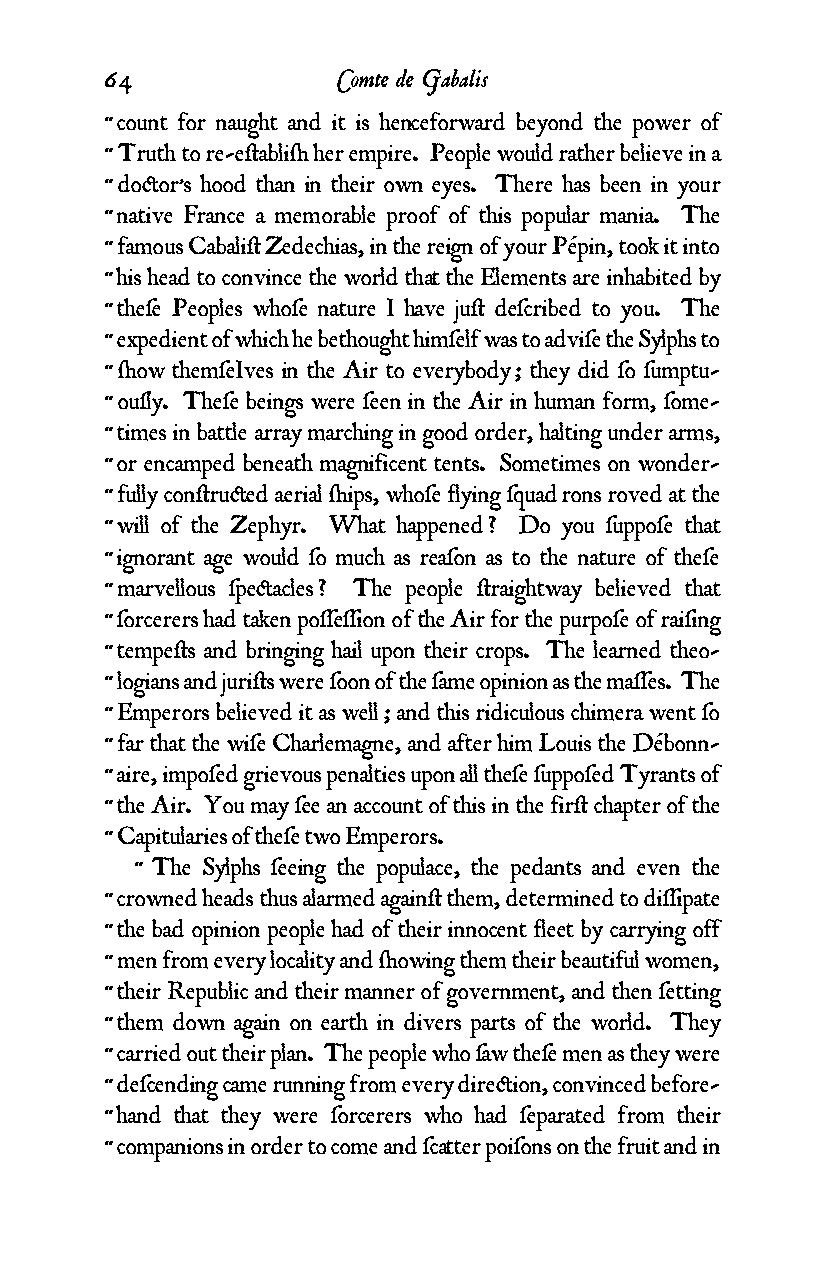
64             Comte de Gabalis
 “ count for naught and it is henceforward beyond the power of
 “ Truth to re-e¥abli¬ her empire. People would rather believe in a
 “ do¢or’s hood than in their own eyes. There has been in your
 “ native France a memorable proof of this popular mania. The
 “ famous Cabali¥ Zedechias, in the reign of your Pépin, took it into
 “ his head to convince the world that the Elements are inhabited by
 “ theƒe Peoples whoƒe nature I have ju¥ deƒcribed to you. The
 “ expedient of which he bethought himƒelf was to adviƒe the Sylphs to
 “ ¬ow themƒeIves in the Air to everybody ; they did ƒo ƒumptu-
 “ ouƒly. Theƒe beings were ƒeen in the Air in human form, ƒome-
 “ times in battle array marching in good order, halting under arms,
 “ or encamped beneath magnificent tents. Sometimes on wonder-
 “ fully con¥ru¢ed aerial ¬ips, whoƒe flying ƒquad rons roved at the
 “ will of the Zephyr. What happened ? Do you ƒuppoƒe that
 “ ignorant age would ƒo much as reaƒon as to the nature of theƒe
 “ marvellous ƒpe¢acles ? The people ¥raightway believed that
 “ ƒorcerers had taken poƒƒeƒƒion of the Air for the purpoƒe of raiƒing
 “ tempe¥s and bringing hail upon their crops. The learned theo-
 “ logians and juri¥s were ƒoon of the ƒame opinion as the maƒƒes. The
 “ Emperors believed it as well ; and this ridiculous chimera went ƒo
 “ far that the wiƒe Charlemagne, and after him Louis the Débonn-
 “ aire, impoƒed grievous penalties upon all theƒe ƒuppoƒed Tyrants of
 “ the Air. You may ƒee an account of this in the fir¥ chapter of the
 “ Capitularies of theƒe two Emperors.
 “ The Sylphs ƒeeing the populace, the pedants and even the
 “ crowned heads thus alarmed again¥ them, determined to diƒƒipate
 “ the bad opinion people had of their innocent fleet by carrying off
 “ men from every locality and ¬owing them their beautiful women,
 “ their Republic and their manner of government, and then ƒetting
 “ them down again on earth in divers parts of the world. They
 “ carried out their plan. The people who ƒaw theƒe men as they were
 “ deƒcending came running from every dire¢ion, convinced before-
 “ hand that they were ƒorcerers who had ƒeparated from their
 “ companions in order to come and ƒcatter poiƒons on the fruit and in